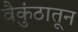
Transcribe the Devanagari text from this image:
वैकुंठातून